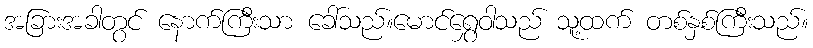
အခြားအခါတွင် နောက်ကြီးသာ ခေါ်သည်။မောင်ရွှေဝါသည် သူ့ထက် တစ်နှစ်ကြီးသည်။